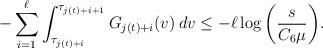
LaTeX: \begin{align*}- \sum_{i=1}^{\ell} \int_{\tau_{j(t) + i}}^{\tau_{j(t) + i + 1}} G_{j(t) + i}(v) \: dv \leq - \ell \log \bigg( \frac{s}{C_6 \mu} \bigg).\end{align*}